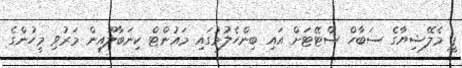
ޕީ މެލޭޝިޔާގެ ސަބާހް ސްޓޭޓަށް އައި ބިންހެލުމުގައި މައުންޓް ކިނަބާލޫއިން މަރުވި މީހުންގެ